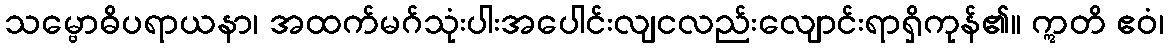
သမ္ဗောဓိပရာယနာ၊ အထက်မဂ်သုံးပါးအပေါင်းလျငလည်းလျောင်းရာရှိကုန်၏။ ဣတိ ဧဝံ၊